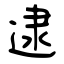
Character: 逮